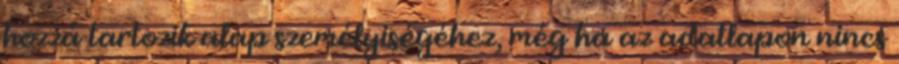
hozzá tartozik alap személyiségéhez, még ha az adatlapon nincs